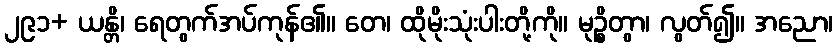
၂၉၁+ ယန္တိ၊ ရေတွက်အပ်ကုန်၏။ တေ၊ ထိုမိုးသုံးပါးတို့ကို။ မုဉ္စိတွာ၊ လွတ်၍။ အညော၊